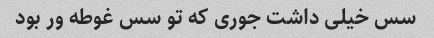
سس خیلی داشت جوری که تو سس غوطه ور بود